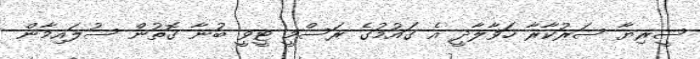
ސީރިޔާ ސަރުކާރާ ހަވާލާދީ އެ ގައުމުގެ ރަސްމީ ޓީވީ ބުނާ ގޮތުން ސުލައިމާން